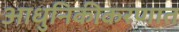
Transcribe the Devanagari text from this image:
आधुनिकीकरणात